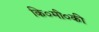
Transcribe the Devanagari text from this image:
कि०मी०की